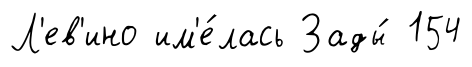
Л'ев'ино им'е́лась Зады́ 154